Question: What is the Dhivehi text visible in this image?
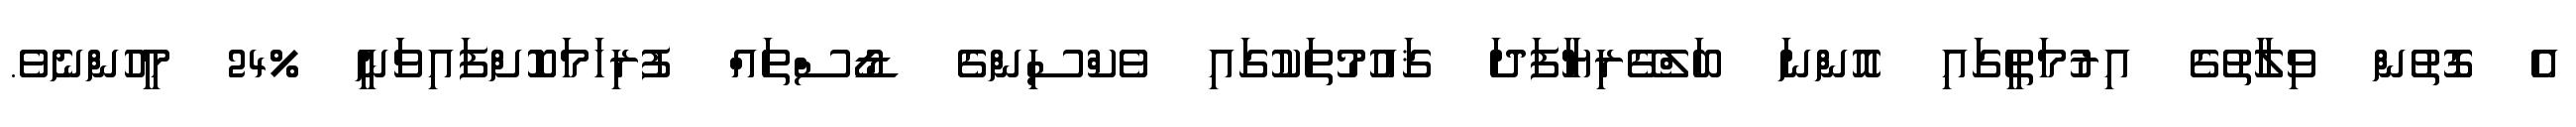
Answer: އެ ގޮތުން ވިލާތުގެ އިރުމަތީގައި އޮންނަ ބަލްގޭރިޔާފަދަ ޤައުމުތަކުގައި ވެކްސިންގެ ޑޯސްތައް ފުރިހަމަކޮށްފައިވަނީ %24 މީހުންނެވެ.